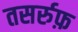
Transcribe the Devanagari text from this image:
तसर्रुफ़